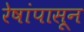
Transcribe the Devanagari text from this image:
रेषांपासून